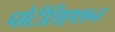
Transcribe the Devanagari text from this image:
पोटेंशिएशन